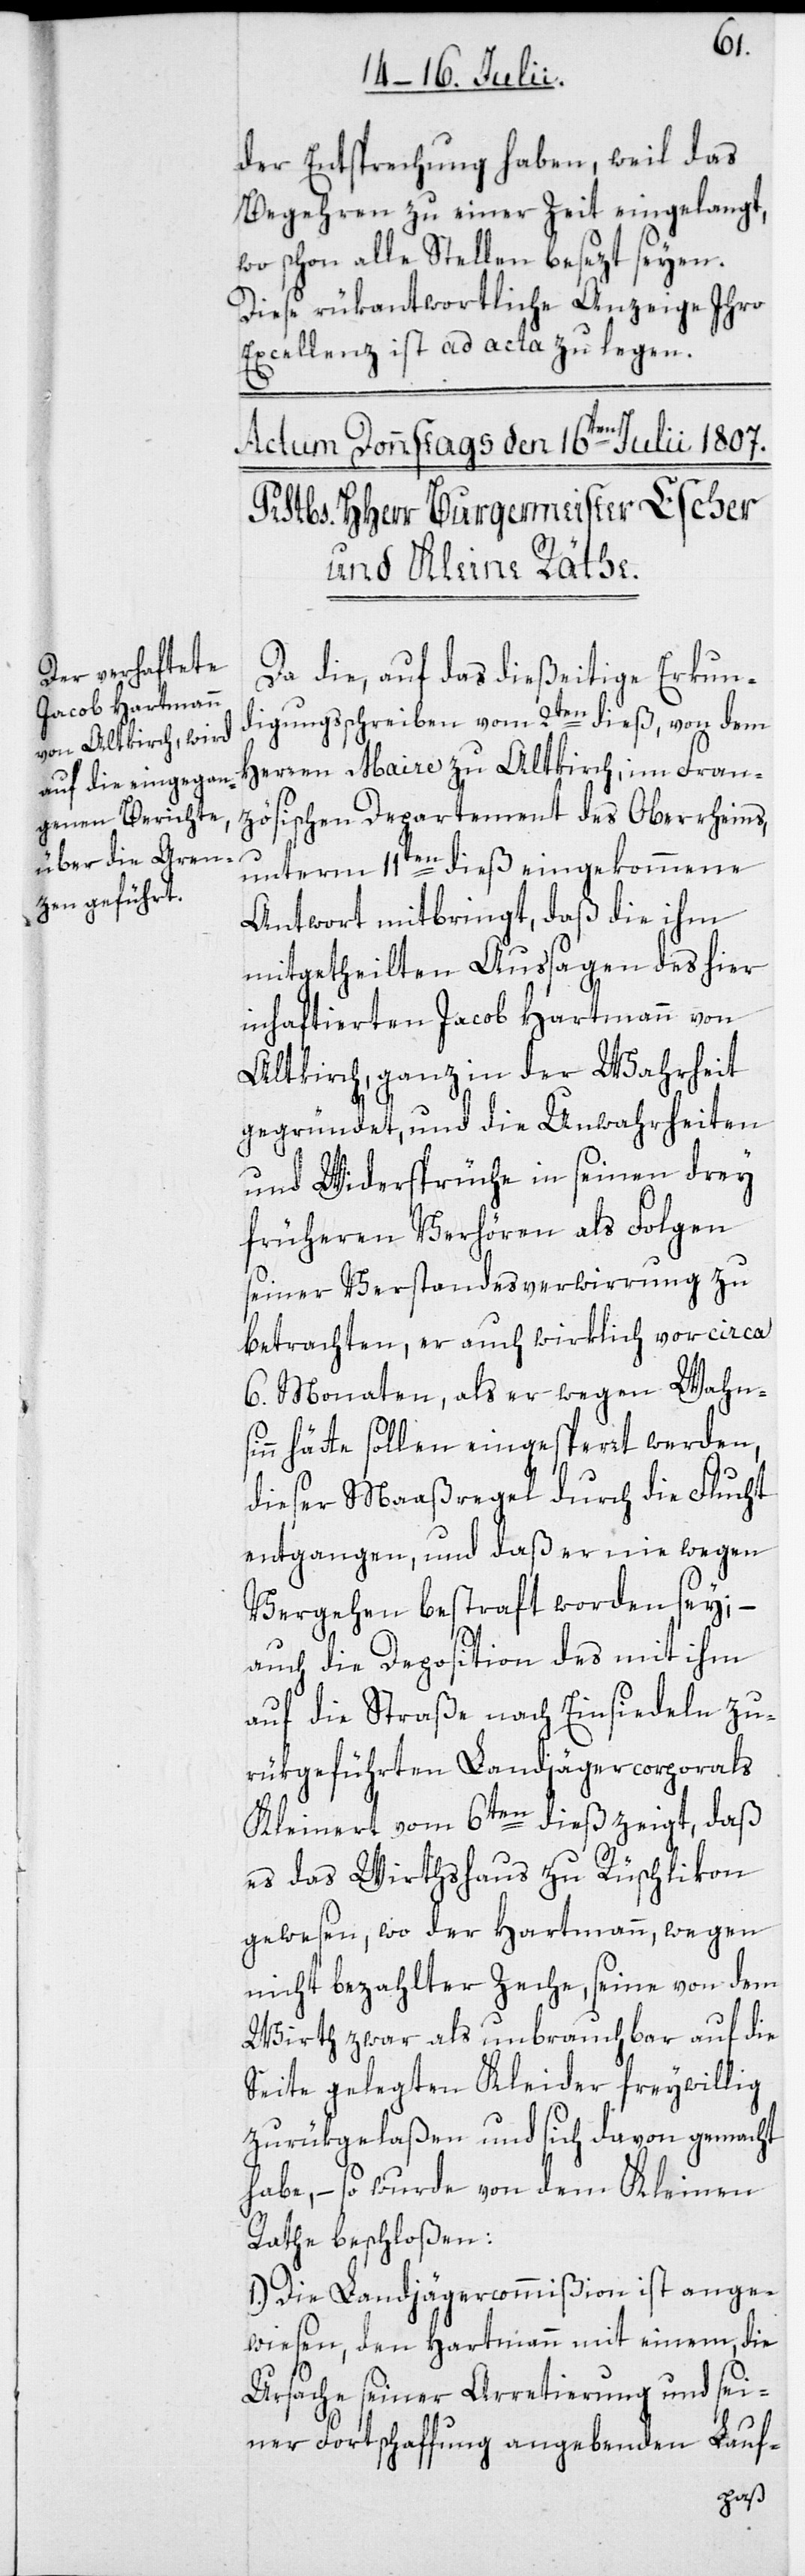
der Entsprechung haben, weil das
Begehren zu einer Zeit eingelangt,
wo schon alle Stellen besezt seyen.
Diese rükantwortliche Anzeige Ihro
Excellenz ist ad acta zu legen.
Da die, auf das dießeitige Erkun¬
digungsschreiben vom 2ten dieß, von dem
Herren Maire zu Altkirch, im Fran¬
zösischen Departement des Oberrheins,
unterm 11ten dieß eingekommene
Antwort mitbringt, daß die ihm
mitgetheilten Aussagen des hier
inhaftierten Jacob Hartmann von
Altkirch, ganz in der Wahrheit
gegründet, und die Unwahrheiten
und Widersprüche in seinen drey
früheren Verhören als Folgen
seiner Verstandesverwirrung zu
betrachten, er auch wirklich vor circa
6. Monaten, als er wegen Wahnsi¬
nn hätte sollen eingesperrt werden,
dieser Maaßregel durch die Flucht
entgangen, und daß er nie wegen
Vergehen bestraft worden sey; –
auch die Deposition des mit ihm
auf die Straße nach Einsiedeln zu¬
rükgeführten Landjägercorporals
Kleinert vom 6ten dieß zeigt, daß
es das Wirthshaus zu Rüschlikon
gewesen, wo der Hartmann, wegen
nicht bezahlter Zeche, seine von dem
Wirth zwar als unbrauchbar auf die
Seite gelegten Kleider freywillig
zurükgelaßen und sich davon gemacht
habe, – so wurde von dem Kleinen
Rathe beschloßen:
1.) Die Landjägercommißion ist ange¬
wiesen, den Hartmann mit einem, die
Ursache seiner Arretierung und sei¬
ner Fortschaffung angebenden Lauf-